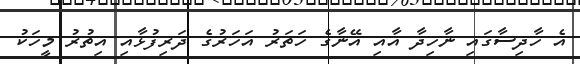
އެ ހާދިސާގައި ނާހިދާ އާއި އޭނާގެ ހަތަރު އަހަރުގެ ދަރިފުޅާއި އިތުރު މީހަކު